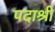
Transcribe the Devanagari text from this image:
पदाश्री